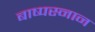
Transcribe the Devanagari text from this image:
बाष्पस्नान